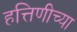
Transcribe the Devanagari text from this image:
हत्तिणीच्या